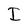
Character: I